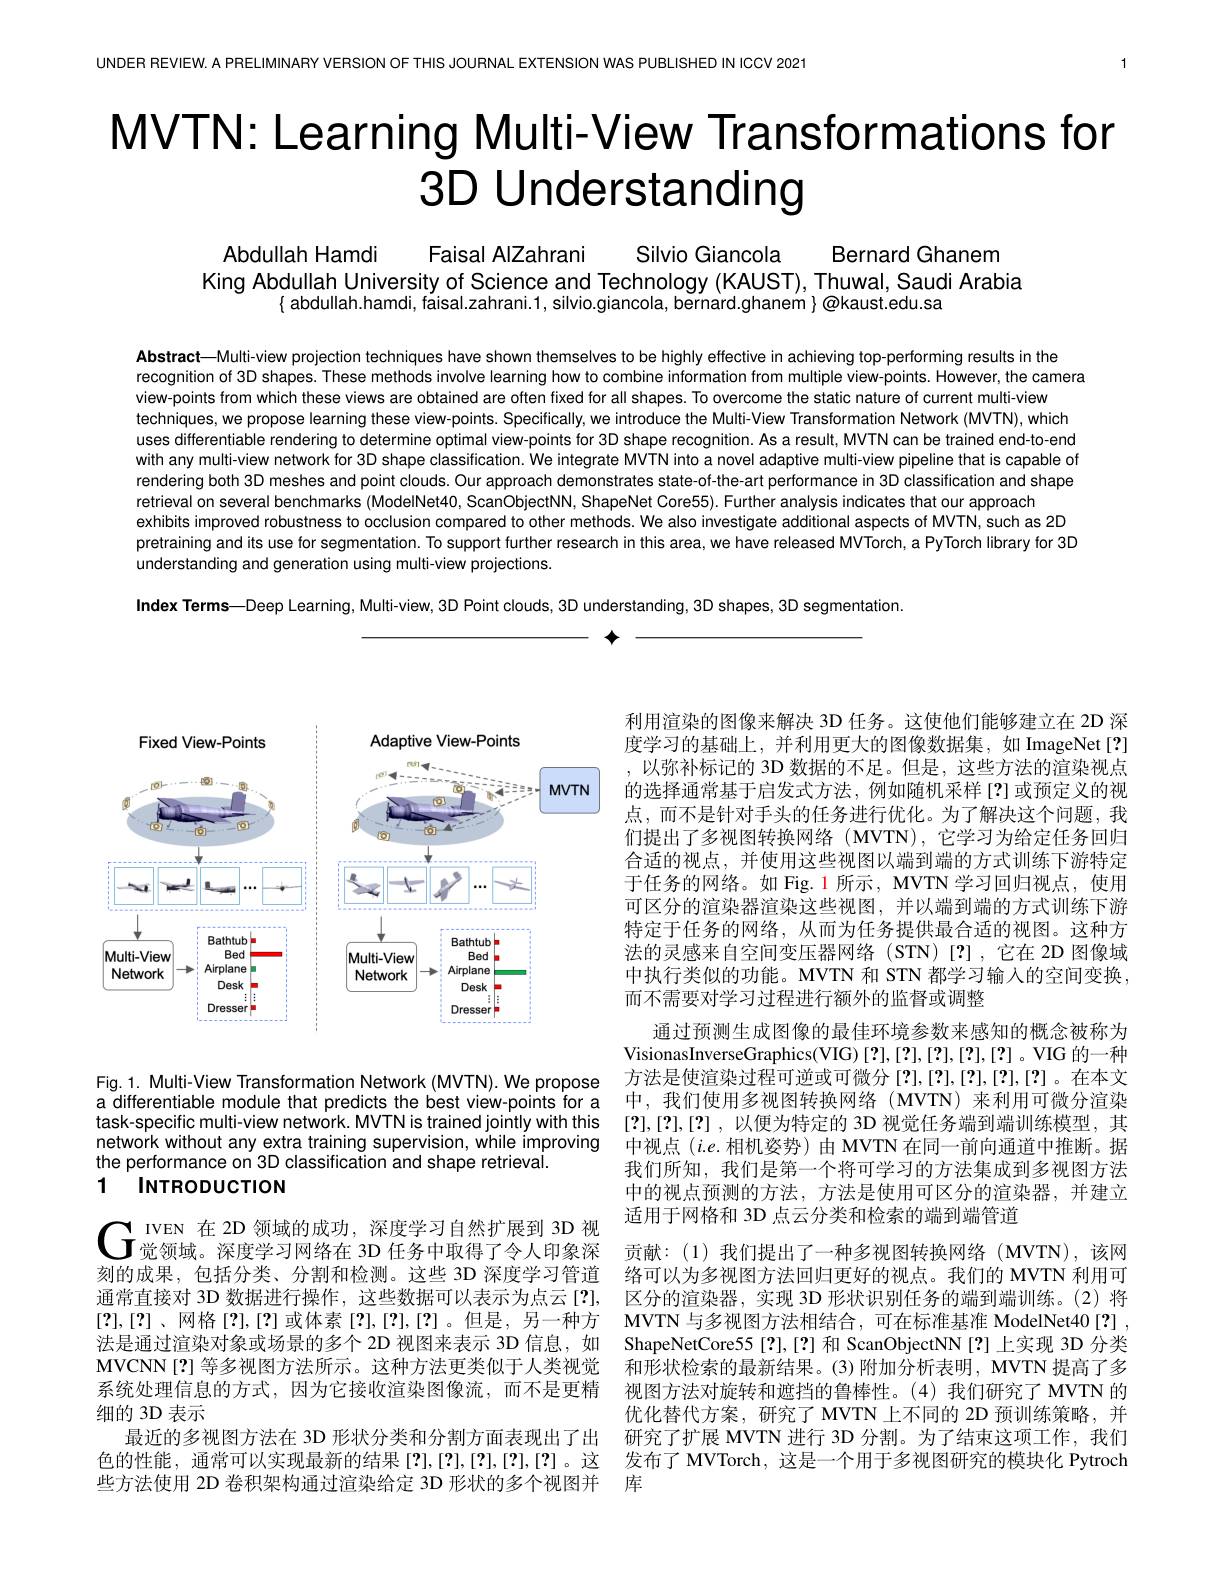
UNDER REVIEW. A PRELIMINARY VERSION OF THIS JOURNAL EXTENSION WAS PUBLISHED IN ICCV 2021

# MVTN: Learning Multi-View Transformations for 3D Understanding

Abdullah Hamdi
Faisal AIZahrani
Silvio Giancola
Bernard Ghanem
King Abdullah University of Science and Technology (KAUST), Thuwal, Saudi Arabia
$\{$ abdullah.hamdi, faisal.zahrani.1, silvio.giancola, bernard.ghanem $\}\textcircled{\text{@kaust.edu.sa}}$

Abstract—Multi-view projection techniques have shown themselves to be highly effective in achieving top-performing results in the
recognition of 3D shapes. These methods involve learning how to combine information from multiple view-points. However, the camera
view-points from which these views are obtained are often fixed for all shapes. To overcome the static nature of current multi-view
techniques, we propose learning these view-points. Specifically, we introduce the Multi-View Transformation Network (MVTN), which uses differentiable rendering to determine optimal view-points for 3D shape recognition. As a result, MVTN can be trained end-to end with any multi-view network for 3D shape classification. We integrate MVTN into a novel adaptive multi-view pipeline that is capable of rendering both 3D meshes and point clouds. Our approach demonstrates state-of-the-art performance in 3D classification and shape retrieval on several benchmarks (ModelNet40, ScanObjectNN, ShapeNet Core55). Further analysis indicates that our approach
exhibits improved robustness to occlusion compared to other methods. We also investigate additional aspects of MVTN, such as 2D pretraining and its use for segmentation. To support further research in this area, we have released MVTorch, a PyTorch library for 3D understanding and generation using multi-view projections.

Index Terms—Deep Learning, Multi-view, 3D Point clouds, 3D understanding, 3D shapes, 3D segmentation.

个

<FigureHere>

Fig.1. Multi-View Transformation Network (MVTN). We propose a differentiable module that predicts the best view-points for a task-specific multi-view network. MVTN is trained jointly with this network without any extra training supervision, while improving the performance on 3D classification and shape retrieval.
1 $INTRODUCTION$

$\mathbf{G}_{\text{觉领域。深度学习网络在 3D 任务中取得了令人印象深}}^{\text{ IVEN 在 2D 领域的成功，深度学习自然扩展到 3D 视}}$ 刻的成果，包括分类、分割和检测。这些 3D 深度学习管道通常直接对 3D 数据进行操作，这些数据可以表示为点云[?], [?],[?]、网格[?],[?] 或体素[?],[?],[?]。但是，另一种方法是通过渲染对象或场景的多个 2D 视图来表示 3D 信息，如MVCNN[?] 等多视图方法所示。这种方法更类似于人类视觉系统处理信息的方式，因为它接收渲染图像流，而不是更精细的 3D 表示
最近的多视图方法在 3D 形状分类和分割方面表现出了出色的性能，通常可以实现最新的结果[?],[?],[?],[?],[?]。这些方法使用 2D 卷积架构通过渲染给定 3D 形状的多个视图并

利用渲染的图像来解决 3D 任务。这使他们能够建立在 2D 深度学习的基础上，并利用更大的图像数据集，如 ImageNet[?] 以弥补标记的 3D 数据的不足。但是，这些方法的渲染视点的选择通常基于启发式方法，例如随机采样[?]或预定义的视点，而不是针对手头的任务进行优化。为了解决这个问题，我们提出了多视图转换网络(MVTN),它学习为给定任务回归合适的视点，并使用这些视图以端到端的方式训练下游特定于任务的网络。如 Fig. 1 所示，MVTN 学习回归视点，使用可区分的渲染器渲染这些视图，并以端到端的方式训练下游特定于任务的网络，从而为任务提供最合适的视图。这种方法的灵感来自空间变压器网络(STN)[?],它在 2D 图像域中执行类似的功能。MVTN 和 STN 都学习输入的空间变换， 而不需要对学习过程进行额外的监督或调整
通过预测生成图像的最佳环境参数来感知的概念被称为VisionasInverseGraphics(VIG)[?],[?],[?],[?],[?]。VIG 的一种方法是使渲染过程可逆或可微分[?],[?],[?],[?],[?]。在本文中，我们使用多视图转换网络(MVTN)来利用可微分渲染[?],[?],[?],以便为特定的 3D 视觉任务端到端训练模型，其中视点$(i.e.$相机姿势)由 MVTN 在同一前向通道中推断。据我们所知，我们是第一个将可学习的方法集成到多视图方法中的视点预测的方法，方法是使用可区分的渲染器，并建立适用于网格和 3D 点云分类和检索的端到端管道
贡献：(1)我们提出了一种多视图转换网络(MVTN),该网络可以为多视图方法回归更好的视点。我们的 MVTN 利用可区分的渲染器，实现 3D 形状识别任务的端到端训练。(2)将MVTN 与多视图方法相结合，可在标准基准 ModelNet40[?] ShapeNetCore55[?],[?] 和 ScanObjectNN[?] 上实现 3D 分类和形状检索的最新结果。(3)附加分析表明，MVTN 提高了多视图方法对旋转和遮挡的鲁棒性。(4)我们研究了 MVTN 的优化替代方案，研究了 MVTN 上不同的 2D 预训练策略，并研究了扩展 MVTN 进行 3D 分割。为了结束这项工作，我们发布了 MVTorch, 这是一个用于多视图研究的模块化 Pytroch 库